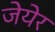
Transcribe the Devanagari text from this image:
जेयेर